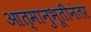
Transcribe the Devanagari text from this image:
आत्मानुभूतीनंतर